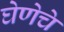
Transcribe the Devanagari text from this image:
घेणेचे